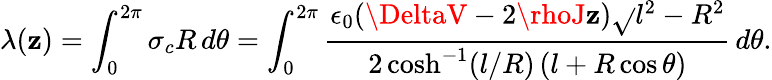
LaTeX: \lambda(\mathbf{z})=\int_{0}^{2\pi}\sigma_{c}R\, d\theta=\int_{0}^{2\pi}\frac{{\epsilon_{0}(\DeltaV-2\rhoJ\mathbf{z})\sqrt{}{{l^{2}-R^{2}}}}}{{2\cosh^{-1}(l/R)\, (l+R\cos\theta)}}\, d\theta.